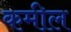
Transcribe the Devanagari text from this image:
कमील